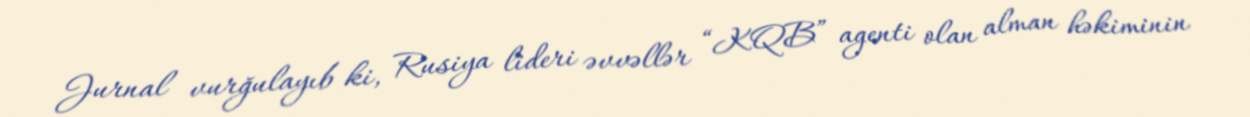
Jurnal vurğulayıb ki, Rusiya lideri əvvəllər “KQB” agenti olan alman həkiminin